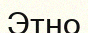
Этно